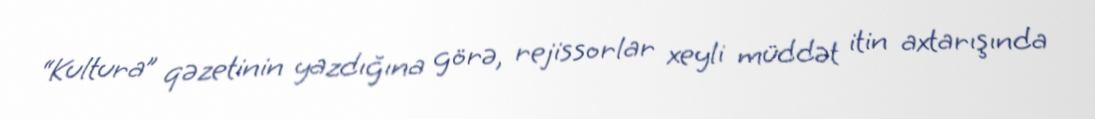
“Kultura” qəzetinin yazdığına görə, rejissorlar xeyli müddət itin axtarışında